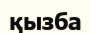
қызба